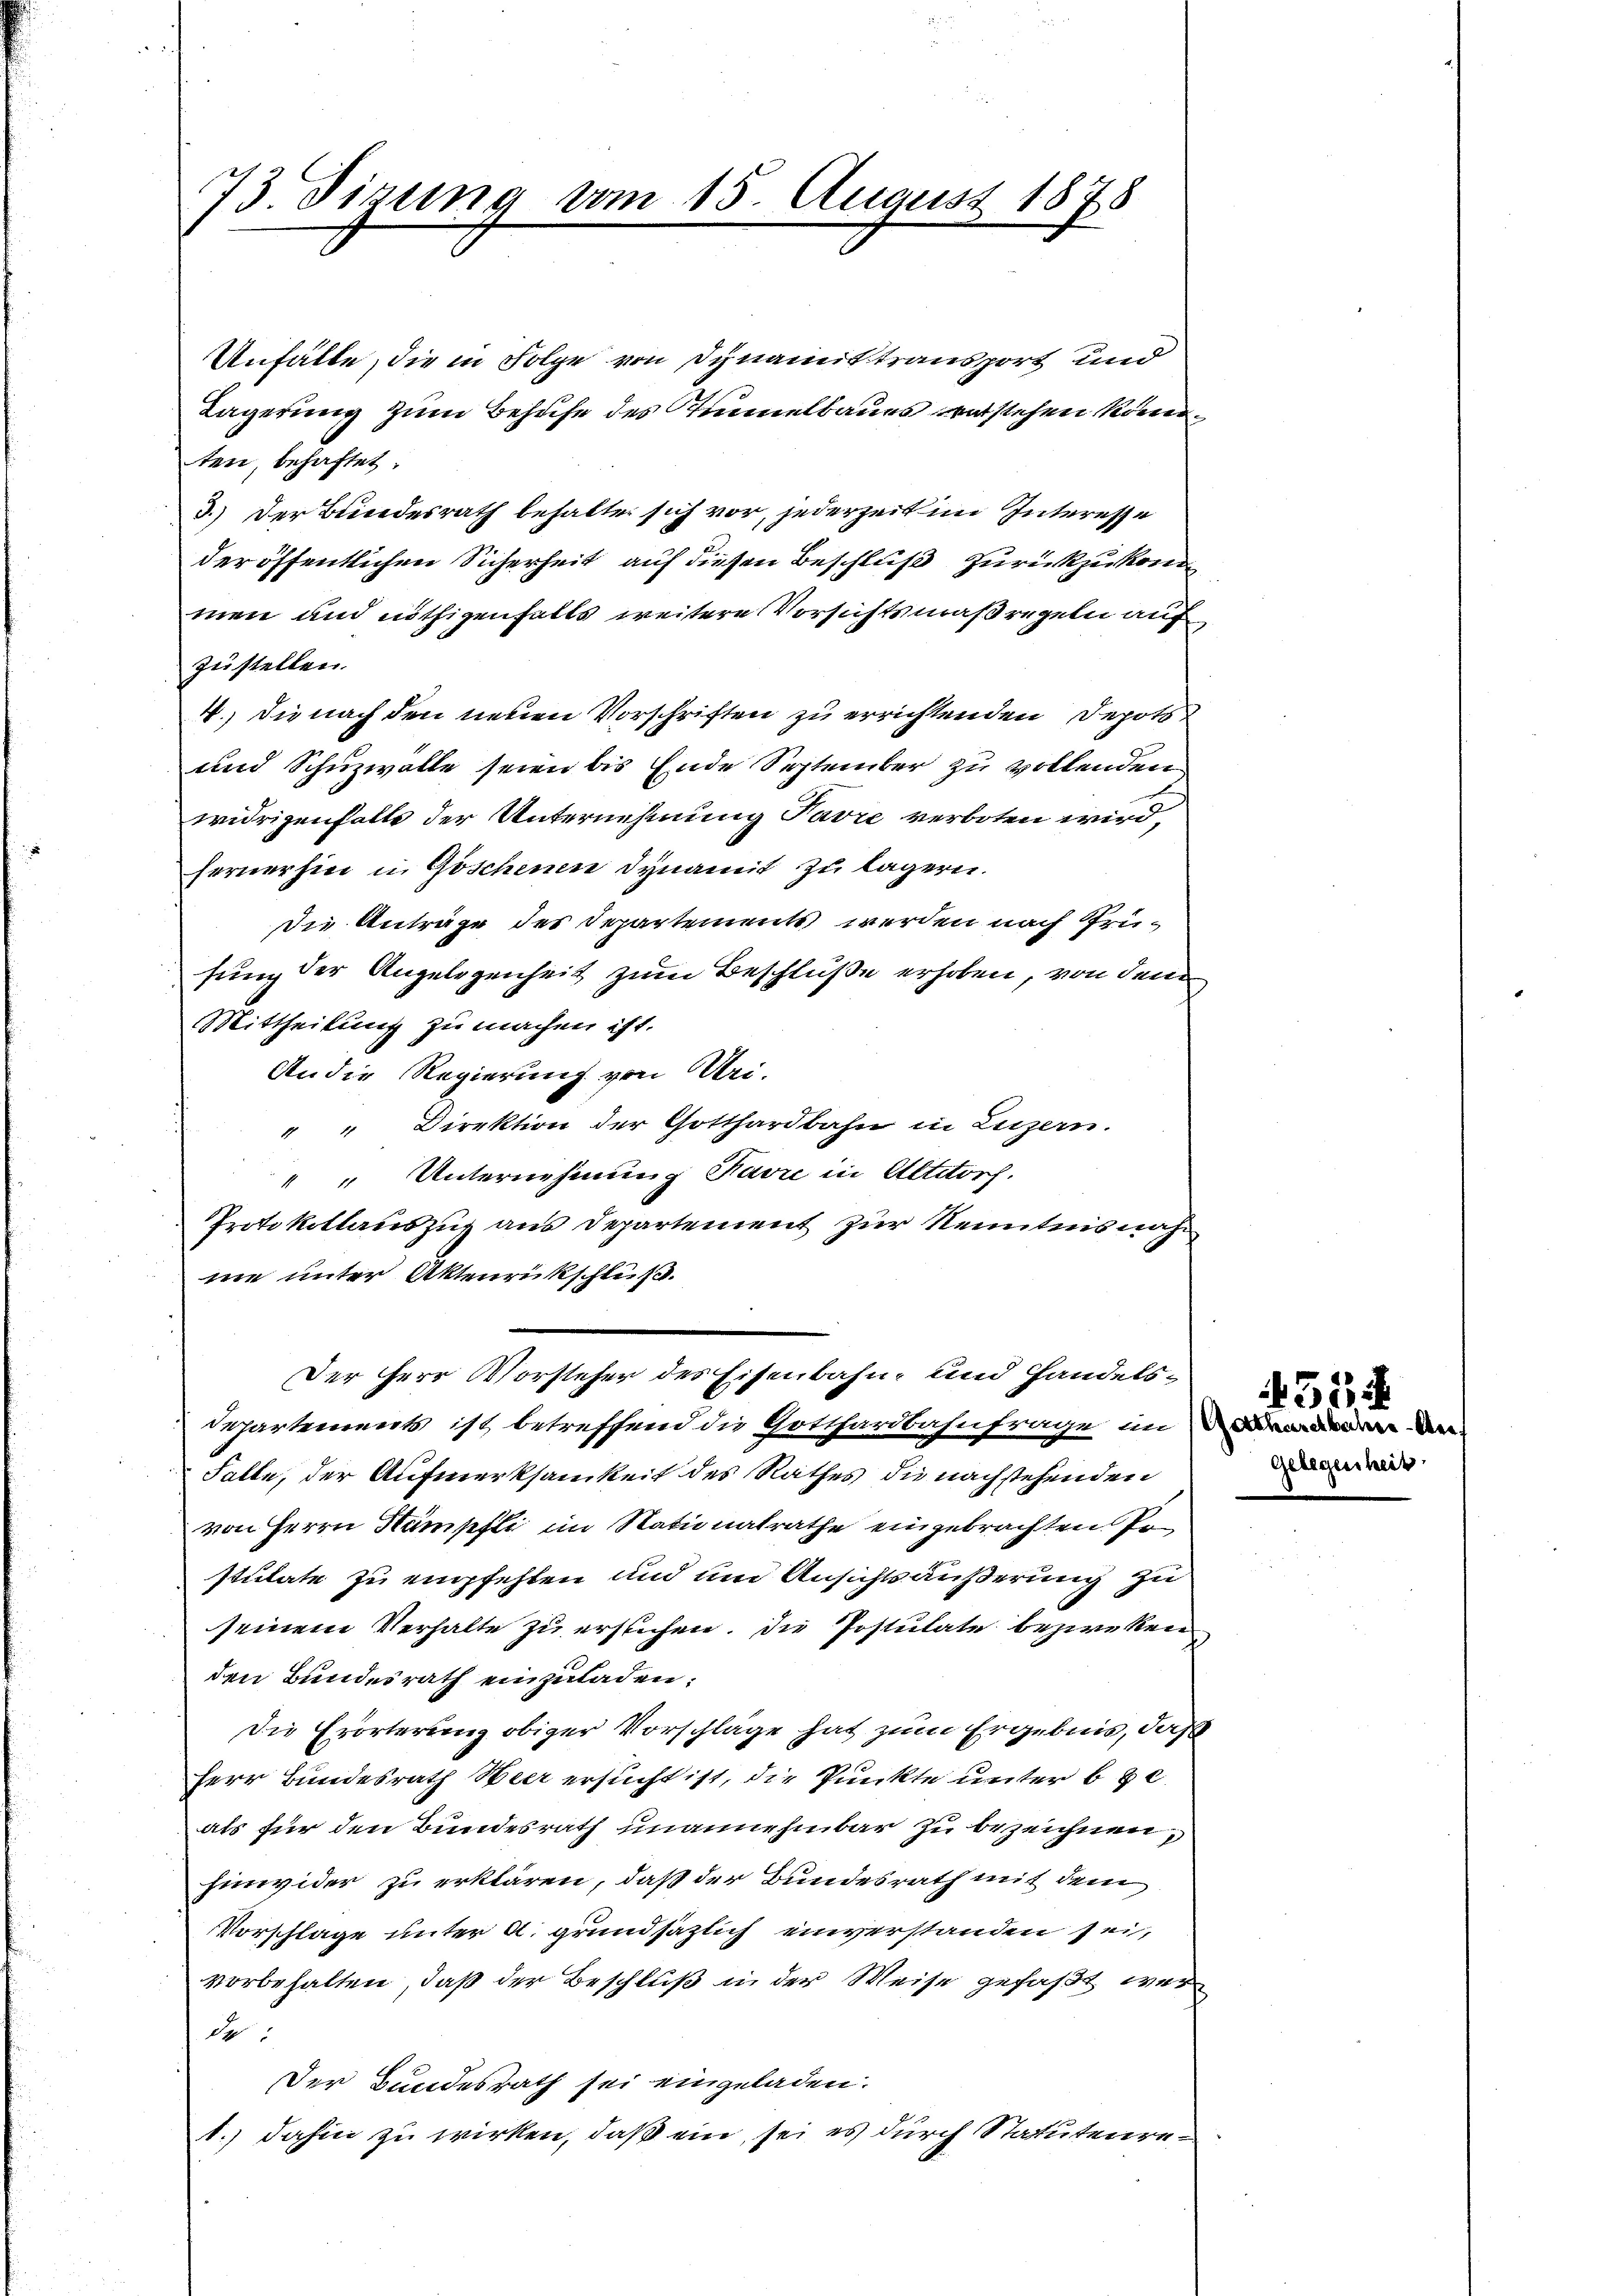
73. Sizung vom 15. August 1878

Unfälle, die in Folge von Dynamik transport und
Lagerung zum Behufe des Zimmelbaues entstehen könn
ten, behaftet.
3.) Der Bundesrath behalten sich vor, jederzeit im Interesse
der öffentlichen Sicherheit auf diesen Beschluß zurückzukom
men und nöthigenfalls weitere Vorsichtsmaßregeln auf
zustellen.
4.) Die nach den neuen Vorschriften zu errichtenden Depots
und Schuzwalle seien bis Ende September zu vollenden
widrigenfalls der Unternehmung Favre verboten wird,
fernerhin in Göschenen dynamit zu lagern.
die Anträge des Departements werden nach Prüfung der Angelegenheit zum Beschluße erhoben, von dem
Mittheilung zu machen ist.
An die Regierung von Uri-
" " Direktion der Gotthardbahn in Luzern.
 " Unternehmung Favre in Altitorh.
Protokollauszug aus Departement zur Kenntnisnahne unter Aktenrückschluß.
Der Herr Vorsteher des Eisenbahn- und Handels¬
Departements ist betreffend die Gotthardbahnfrage in
Falle, der Aufmerksamkeit des Rathes die nachstehenden
von Herrn Nämpfli im Stationalrathe eingebrachten Pon
stulate zu empfehlen und um Ansichts äußerung zu
seinem Verhalte zu erstehen. Die Postulate bezwecken
den Bundesrath einzuladen.
Die Erörterung obiger Vorschlage hat zum Ergebnis, daß
Herr Bundesrath Heer ersucht ist, die Punkte unter be
als für den Bundesrath unannehmbar zu bezeichnen,
hinwider zu erklären, daß der Bundesrath mit dem
Vorschlage unter A. grundsätzlich einverstanden sei,
vorbehalten, daß der Beschluß in der Weise gefaßt wer
de
Der Bundesrath sei eingeladen.
1.) dahin zu wirken, daß ein, sei es durch Statutenre¬

451
Gotthardb
Gelegen

een de
ei